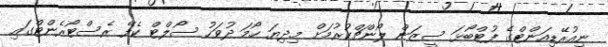
ނިއުރޭޑިއަންޓްގެ ފުޓްބޯޅަ ސީޒަން ލޯންޗްކުރުމަށް މިދިޔަ ހޯމަ ދުވަހު ސޯލްޓް ކެފޭ ރެސްޓޯރެންޓްގައި